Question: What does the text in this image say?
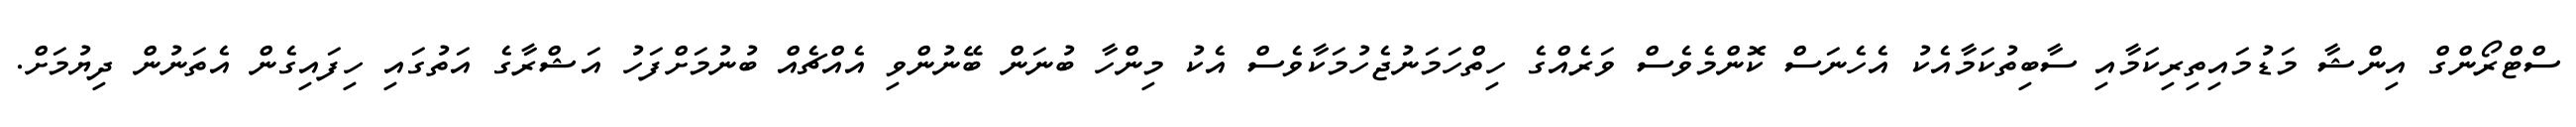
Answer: ސްޓްރޯންގް އިންޝާ މަޑުމައިތިރިކަމާއި ސާބިތުކަމާއެކު އެހެނަސް ކޮންމެވެސް ވަރެއްގެ ހިތްހަމަނުޖެހުމަކާވެސް އެކު މިންހާ ބުނަން ބޭނުންވި އެއްޗެއް ބުނުމަށްފަހު އަޝްރާގެ އަތުގައި ހިފައިގެން އެތަނުން ދިޔުމަށް.